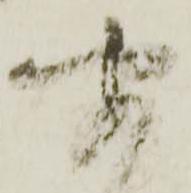
聞